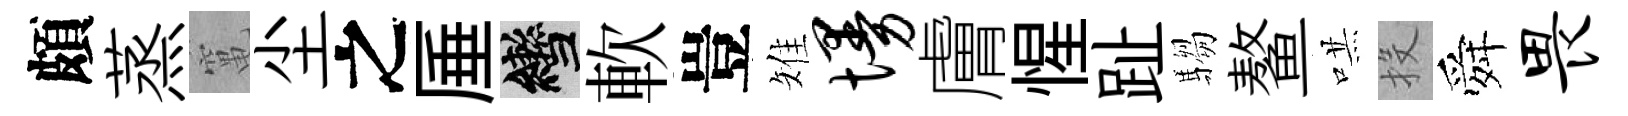
頗蒸𥧄尘之厜轡軟豈雉墁膚惺趾騶鳌哄投舜畏